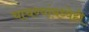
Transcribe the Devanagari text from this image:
चाचण्यांमध्येही